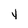
Character: y